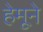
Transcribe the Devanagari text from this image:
हेमूने